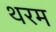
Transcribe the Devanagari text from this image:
थरम